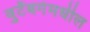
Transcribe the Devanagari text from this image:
वुर्टेंबर्गमधील